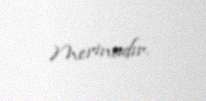
Merinadır.